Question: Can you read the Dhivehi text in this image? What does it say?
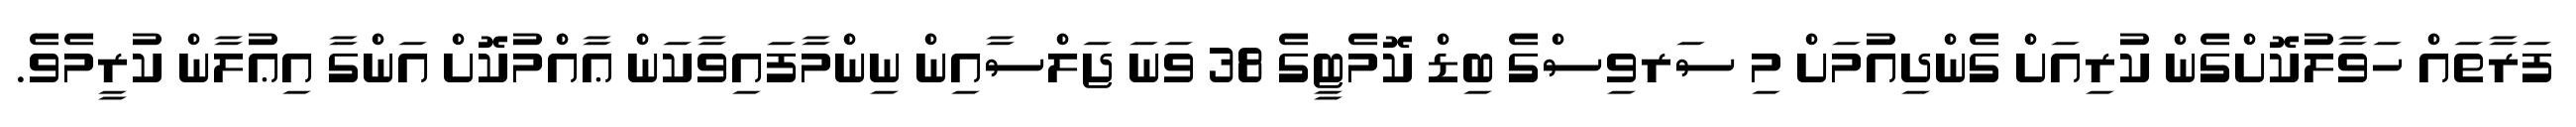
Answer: ފަރާތައް ހަވާލުކޮށްގެން ކުރިއަށް ގެންދިއުމަށް މި ސަރވިސްގެ ބިޑް ކޮމެޓީގެ 38 ވަނަ ޖަލްސާއިން ނިންމާފައިވާކަން ޢާއްމުކޮށް އަންގާ އިޢުލާން ކުރީމެވެ.